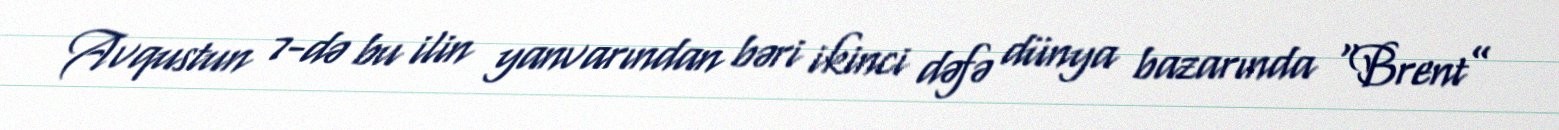
Avqustun 7-də bu ilin yanvarından bəri ikinci dəfə dünya bazarında “Brent”